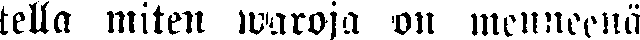
telia miten waroja on menneenä